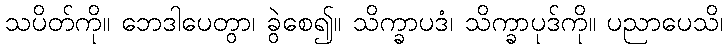
သပိတ်ကို။ ဘေဒါပေတွာ၊ ခွဲစေ၍။ သိက္ခာပဒံ၊ သိက္ခာပုဒ်ကို။ ပညာပေသိ၊